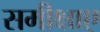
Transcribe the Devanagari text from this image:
समीक्षाए